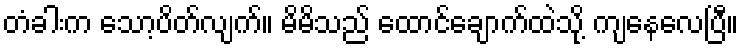
တံခါးက သော့ပိတ်လျက်။ မိမိသည် ထောင်ချောက်ထဲသို့ ကျနေလေပြီ။